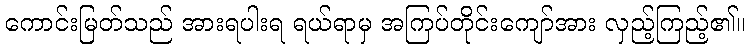
ကောင်းမြတ်သည် အားရပါးရ ရယ်ရာမှ အကြပ်တိုင်းကျော်အား လှည့်ကြည့်၏။